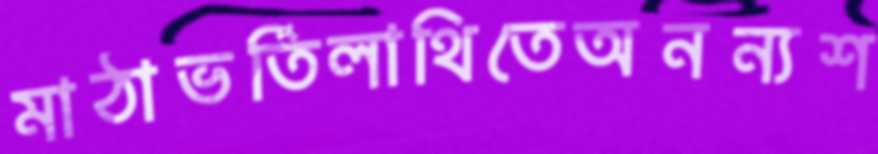
মাঠাভর্তিলাথিতেঅনন্যশ